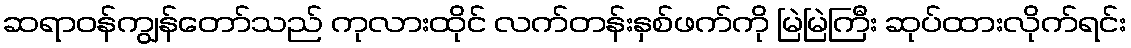
ဆရာဝန်ကျွန်တော်သည် ကုလားထိုင် လက်တန်းနှစ်ဖက်ကို မြဲမြဲကြီး ဆုပ်ထားလိုက်ရင်း